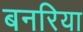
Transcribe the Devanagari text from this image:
बनरिया